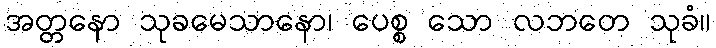
အတ္တနော သုခမေသာနော၊ ပေစ္စ သော လဘတေ သုခံ။